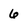
Character: 6